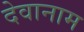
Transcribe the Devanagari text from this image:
देवानाम